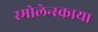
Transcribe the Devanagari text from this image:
स्मोलेन्स्काया